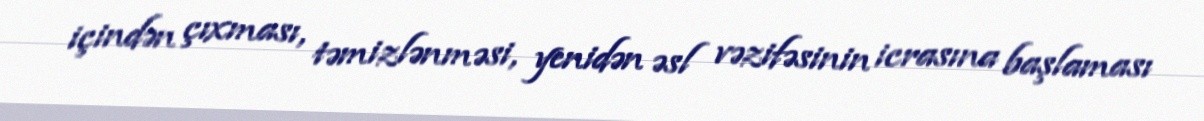
içindən çıxması, təmizlənməsi, yenidən əsl vəzifəsinin icrasına başlaması